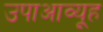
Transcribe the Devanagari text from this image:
उपाआव्यूह